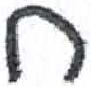
אות: ח